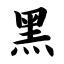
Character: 黑